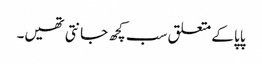
پاپا کے متعلق سب کچھ جانتی تھیں۔